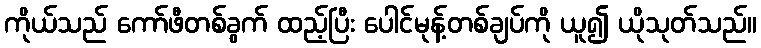
ကိုယ်သည် ကော်ဖီတစ်ခွက် ထည့်ပြီး ပေါင်မုန့်တစ်ချပ်ကို ယူ၍ ယိုသုတ်သည်။